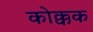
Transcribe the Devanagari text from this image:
कोक्कक